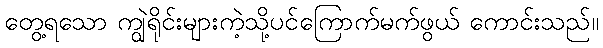
တွေ့ရသော ကျွဲရိုင်းများကဲ့သို့ပင်ကြောက်မက်ဖွယ် ကောင်းသည်။